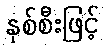
နှစ်စီးဖြင့်